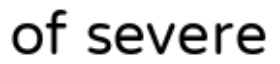
of severe